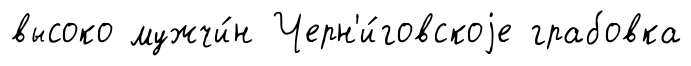
высоко мужчи́н Черн'и́говскоjе грабовка